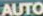
AUTO